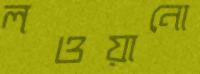
লওয়ানো